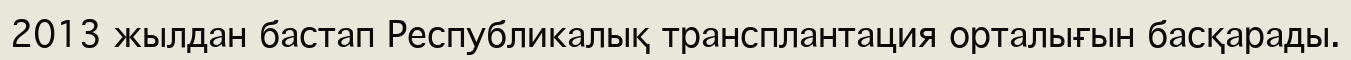
2013 жылдан бастап Республикалық трансплантация орталығын басқарады.